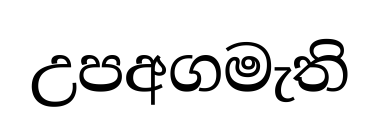
උපඅගමැති